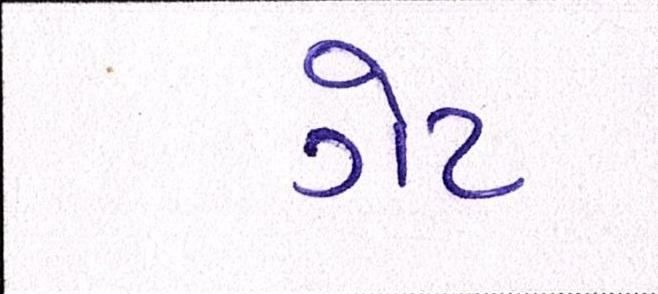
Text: ગેટ